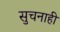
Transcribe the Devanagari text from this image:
सुचनाही